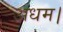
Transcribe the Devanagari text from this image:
अधम।